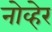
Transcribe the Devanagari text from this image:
नोव्हेर